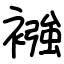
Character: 襁